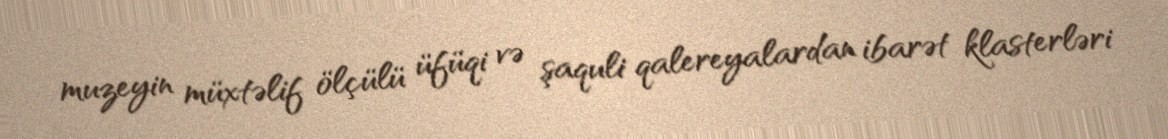
muzeyin müxtəlif ölçülü üfüqi və şaquli qalereyalardan ibarət klasterləri